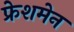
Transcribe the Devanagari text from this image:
फ्रेशमेन